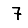
Digit: 7